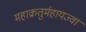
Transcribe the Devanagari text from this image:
महाक्रतुर्महायज्वा